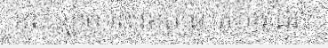
ខុសច្បាប់ នៅខេត្តព្រះវិហារដែល